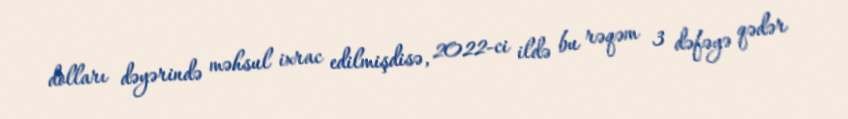
dolları dəyərində məhsul ixrac edilmişdisə, 2022-ci ildə bu rəqəm 3 dəfəyə qədər